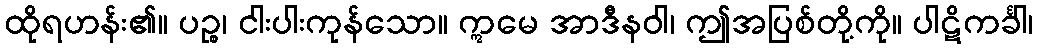
ထိုရဟန်း၏။ ပဉ္စ၊ ငါးပါးကုန်သော။ ဣမေ အာဒီနဝါ၊ ဤအပြစ်တို့ကို။ ပါဋိကင်္ခါ၊